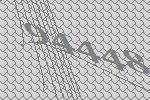
94448